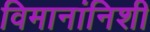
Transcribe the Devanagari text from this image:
विमानांनिशी